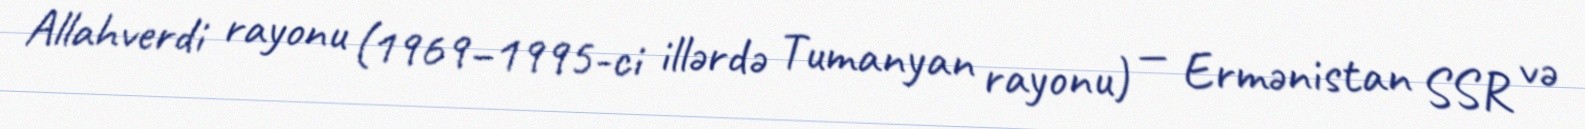
Allahverdi rayonu (1969–1995-ci illərdə Tumanyan rayonu) — Ermənistan SSR və